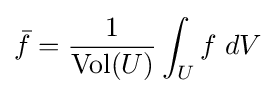
{\bar {f}}={\frac {1}{{\hbox{Vol}}(U)}}\int _{U}f\;dV